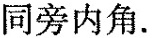
同旁内角。